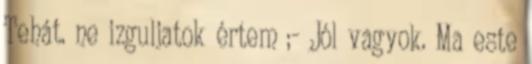
Tehát. ne izguljatok értem ;- Jól vagyok. Ma este